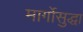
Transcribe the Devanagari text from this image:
मार्गोसुद्धा